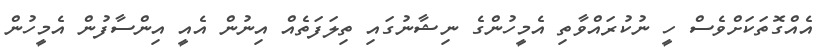
އެއްގޮތަކަށްވެސް ހީ ނުކުރައްވާތި އެމީހުންގެ ނިޝާނުގައި ތިލަފަތެއް އިނުން އެއީ އިންސާފުން އެމީހުން